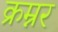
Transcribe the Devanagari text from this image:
क्रम्नर